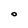
Character: O